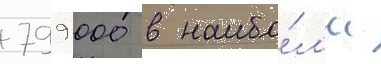
799 000 в наибо́л'ее